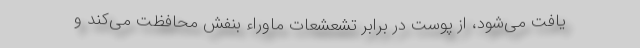
یافت می‌شود، از پوست در برابر تشعشعات ماوراء بنفش محافظت می‌کند و